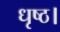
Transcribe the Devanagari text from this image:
धृष्ठ।